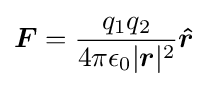
{\boldsymbol {F}}={\frac {q_{1}q_{2}}{4\pi \epsilon _{0}|{\boldsymbol {r}}|^{2}}}{\boldsymbol {\hat {r}}}